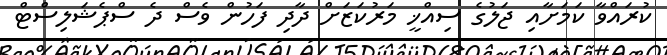
ކުރައްވާ ކަމަށާއި ޖަލުގެ ސިއްޚީ މަރުކަޒަށް ދާދި ފަހުން ވެސް ދެ ސްޕެޝަލިސްޓް